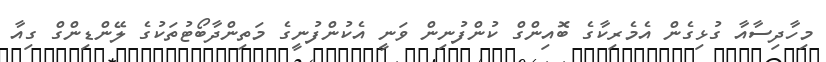
މިހާދިސާއާ ގުޅިގެން އެމެރިކާގެ ބޮއިންގް ކުންފުނިން ވަނީ އެކުންފުނީގެ މަތިންދާބޯޓުތަކުގެ ލޭންޑިންގް ގިއާ